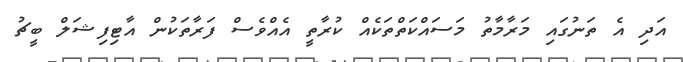
އަދި އެ ތަނުގައި މަރާމާތު މަސައްކަތްތަކެއް ކުރާތީ އެއްވެސް ފަރާތަކުން އާޓިފިޝަލް ބީޗު